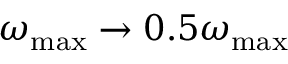
\omega _ { \mathrm { m a x } } \to 0 . 5 \omega _ { \mathrm { m a x } }